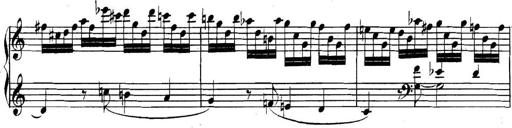
Title: Collected Piano Sonatas
Composer: Muzio Clementi